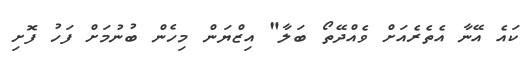
ކައެ އޭނާ އެތެރެއަށް ވެއްދޭތޯ ބަލާ" އިޒްޔަން މިހެން ބުނުމަށް ފަހު ފޮށި